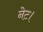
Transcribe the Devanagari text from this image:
नेट।